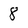
Character: 8